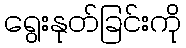
ရွေးနုတ်ခြင်းကို